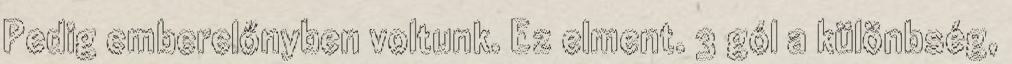
Pedig emberelőnyben voltunk. Ez elment. 3 gól a különbség,